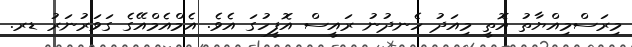
މިރަސްމިއްޔާތު އޮތީ މިއަދު ހެނދުނު ރައީސް އޮފީހުގަ އެވެ. އެމްއެމްއޭގެ ގަވަރުނަރު ޑރ.